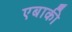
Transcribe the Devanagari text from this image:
एबाकी